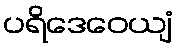
ပရိဒေဝေယျံ